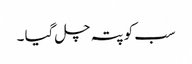
سب کو پتہ چل گیا ۔